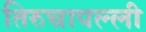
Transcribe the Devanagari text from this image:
तिरुचापल्ली